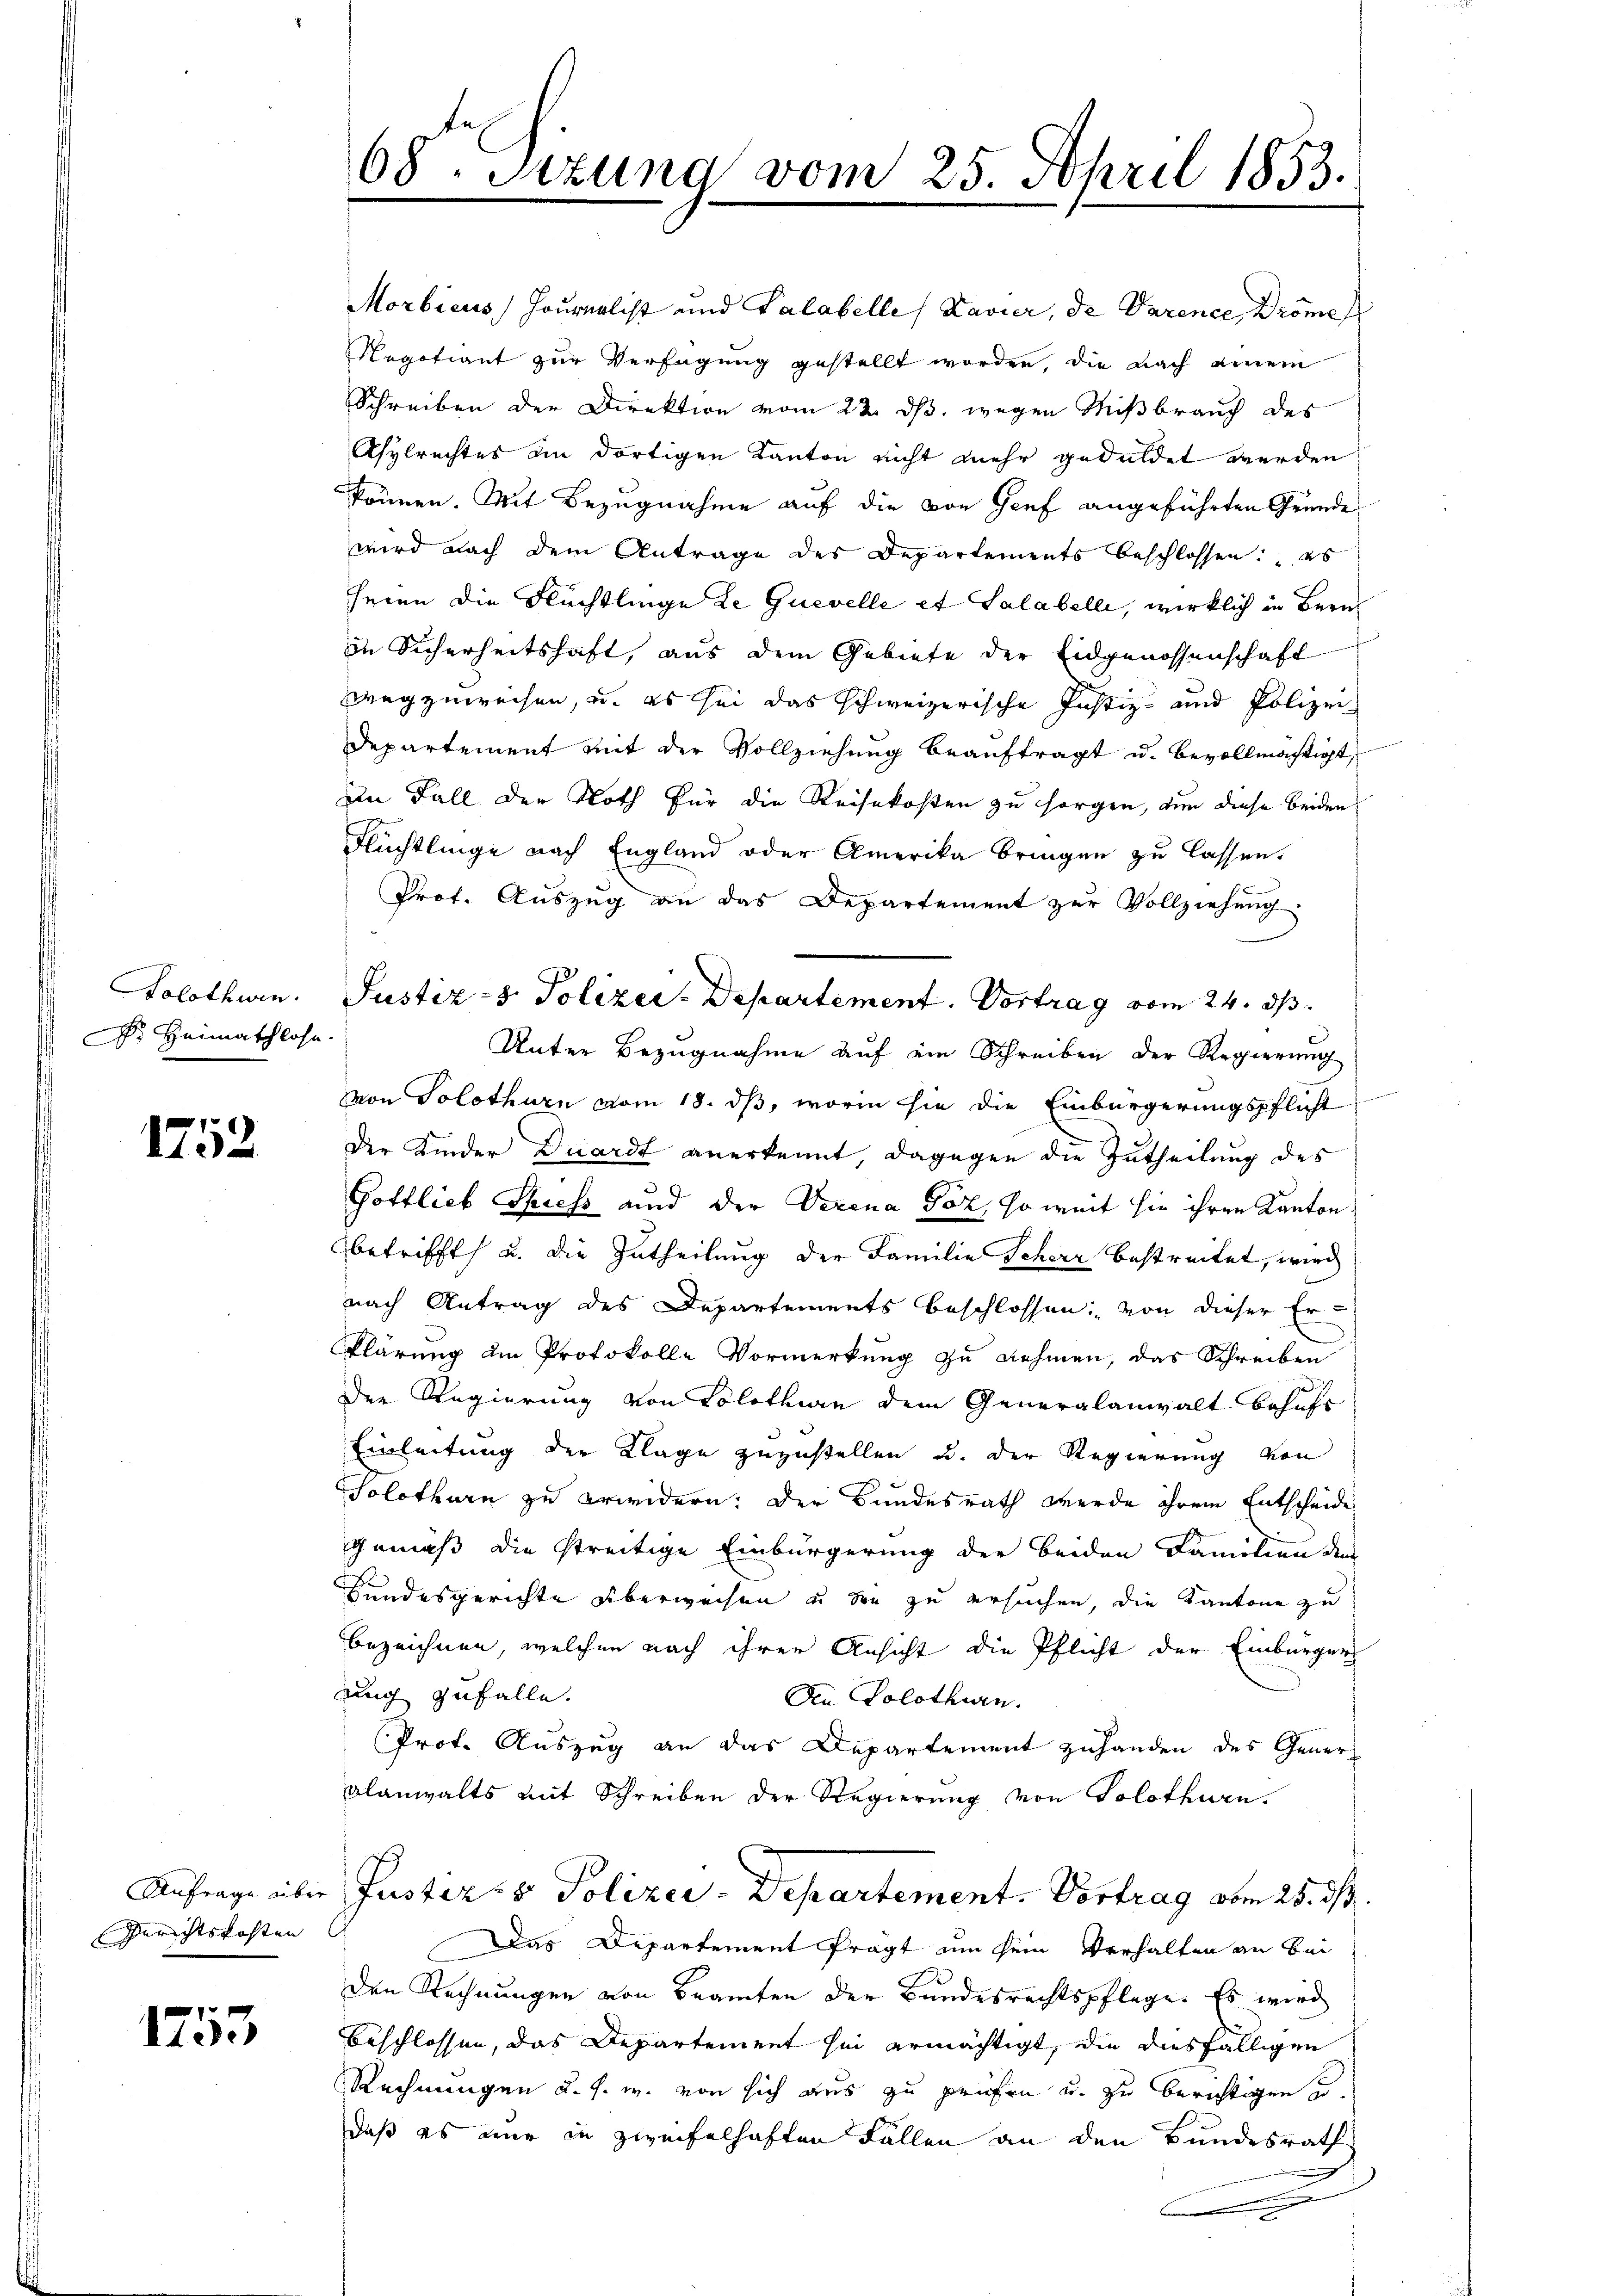
Bolothwen
Dr Heimathlose

1752

Anfrage über
Gerichtskosten

1753

68. Setzung vom 25. April 1853.

Morbicus Journalist und Calabelle (Kavier, de Varence, Dröme
Regotiant zur Verfügung gestellt worden, die nach einem
Schreiben der Direktion vom 23. ds. wegen Mißbrauch des
Asylrechtes im dortigen Kanton nicht mehr geduldet werden.
können. Mit Bezugnahme auf die von Genf angeführten Gründe
wird nach dem Antrage des Departements beschlossen: "es
seien die Flüchtlinge de Guevelle et Salabelli, wirklich in Zürich
in Sicherheitshaft, aus dem Gebiete der Eidgenossenschaft
wegzuweisen, u. es sei das schweizerische Justiz- und Polizei
Departement mit der Vollziehung beauftragt u. bevollmächtigt,
im Fall der Noth für die Reisekosten zu sorgen, den diese beiden
Flüchtlinge nach England oder Amerika bringen zu lassen.
Prof. Auszug an das Departement zur Vollziehung
Justiz- & Polizei-Departement. Vortrag vom 24. ds.
Unter Bezugnahme auf ein Schreiben der Regierung
von Solothurn vom 18. ds, worin sie die Einbürgerungspflicht
Der Kinder Duardt anerkennt, dagegen die Zutheilung des
Gottlieb Spiess und der Verena Toz, so weit sie ihren Kanton
betrifft, u. die Zutheilung der Familie Scherz bestreitet, wird
nach Antrag des Departements beschlossen: von dieser Er¬
Klärung am Protokolle Vormerkung zu nehmen, das Schreiben
Der Regierung von Solothurn dem Generalanwalt befahr
Einleitung der Klage zuzustellen u. der Regierung von
Solothurn zu erwidern. Der Bundesrath werde ihrem Entscheide
gemäß die streitige Einbürgerung der beiden Familien der
Hundesgerichte überweisen u den zu ersuchen, die Kantone zu
bezeichnen, welchen nach ihrer Ansicht die Pflicht der Einbürger
dung zufalle.
Ain Solothurn.
Prof. Auszug an das Departement zuhanden des Generalanwalts mit Schreiben der Regierung von Solothurn.
Pusters Polizei-Departement. Vortrag vom 25. d.
Das Departement frägt um sein Verhalten an bei
den Rechnungen von Beamten der Bundesrechtspflege. Es wird
Beschlossen, das Departement sei ermächtigt, die diesfälligen
Rechnungen u. s. w. von sich aus zu prüfen u. zu berichtigen u.
daß es eine in zweifelhaften Fällen an den Bundesrath
u

m